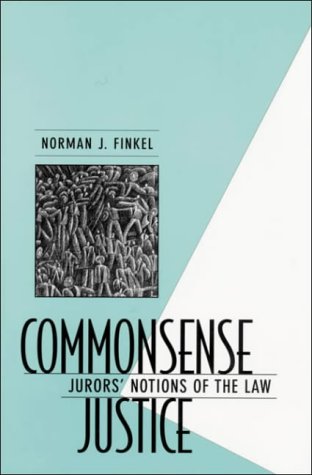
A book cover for Commonsense Justice: Jurors' Notions of the Law; Norman J. Finkel; Law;